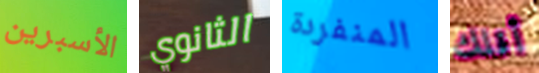
الأسبرين الثانوي المنفردة أقلك